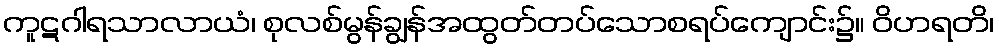
ကူဋဂါရသာလာယံ၊ စုလစ်မွန်ချွန်အထွတ်တပ်သောစရပ်ကျောင်း၌။ ဝိဟရတိ၊